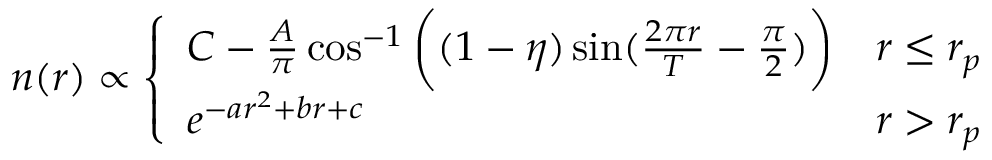
n ( r ) \propto \left\{ \begin{array} { l l } { C - \frac { A } { \pi } \cos ^ { - 1 } \bigg ( ( 1 - \eta ) \sin ( \frac { 2 \pi r } { T } - \frac { \pi } { 2 } ) \bigg ) } & { r \leq r _ { p } } \\ { e ^ { - a r ^ { 2 } + b r + c } } & { r > r _ { p } } \end{array} \right.